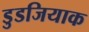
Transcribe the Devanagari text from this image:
डुडजियाक